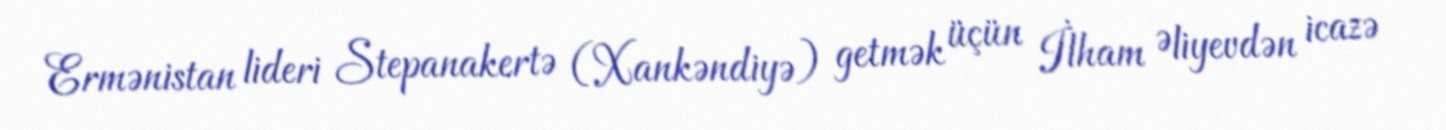
Ermənistan lideri Stepanakertə (Xankəndiyə) getmək üçün İlham Əliyevdən icazə